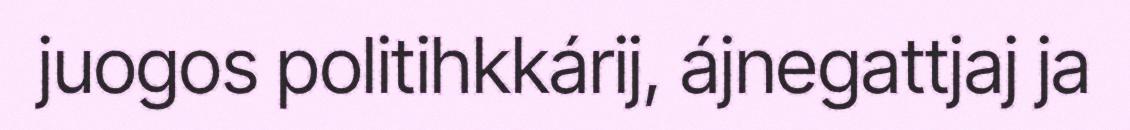
juogos politihkkárij, ájnegattjaj ja